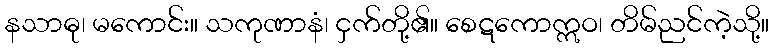
နသာဓု၊ မကောင်း။ သကုဏာနံ၊ ငှက်တို့၏။ စေဋကောဣဝ၊ တိမ်ညင်ကဲ့သို့။